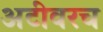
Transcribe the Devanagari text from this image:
अटीवरच